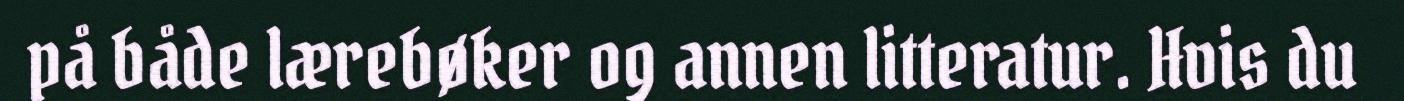
på både lærebøker og annen litteratur. Hvis du